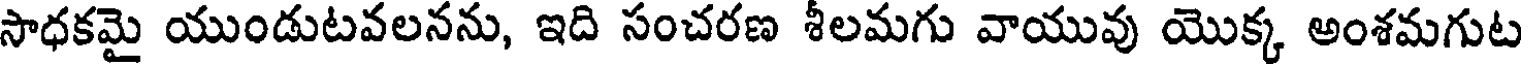
సాధకమై యుండుటవలనను, ఇది సంచరణ శీలమగు వాయువు యొక్క అంశమగుట